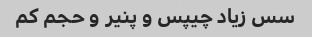
سس زیاد چیپس و پنیر و حجم کم